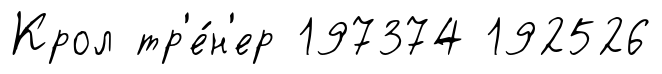
Крол тр'е́н'ер 197374 192526